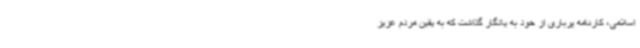
اسلامی، کارنامه پرباری از خود به یادگار گذاشت که به یقین مردم عزیز